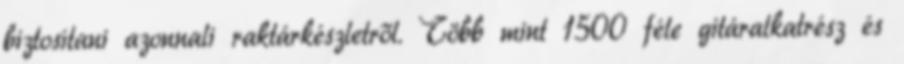
biztosítani azonnali raktárkészletről. Több mint 1500 féle gitáralkatrész és